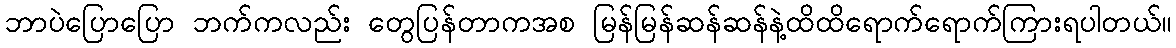
ဘာပဲပြောပြော ဘက်ကလည်း တွေပြန်တာကအစ မြန်မြန်ဆန်ဆန်နဲ့ထိထိရောက်ရောက်ကြားရပါတယ်။